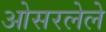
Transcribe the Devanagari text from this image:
ओसरलेले